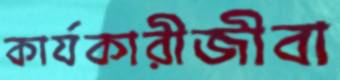
কার্যকারীজীবা